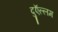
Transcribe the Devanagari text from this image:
दुऍल्लम